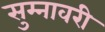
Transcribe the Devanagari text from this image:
सुम्नावरी